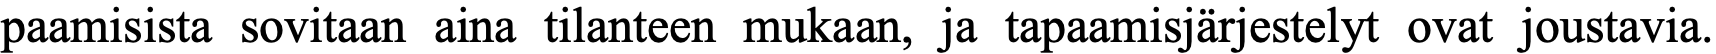
paamisista sovitaan aina tilanteen mukaan, ja tapaamisjärjestelyt ovat joustavia.